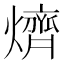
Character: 㸄